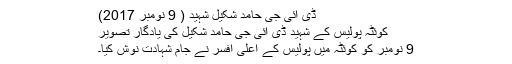
ڈی آئی جی حامد شکیل شہید ( 9 نومبر 2017)
کوئٹہ پولیس کے شہید ڈی آئی جی حامد شکیل کی یادگار تصویر
9 نومبر کو کوئٹہ میں پولیس کے اعلیٰ افسر نے جام شہادت نوش کیا۔